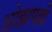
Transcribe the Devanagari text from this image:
ओझापल्ली